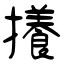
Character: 攁